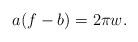
LaTeX: \begin{align*}a (f-b)=2\pi w.\end{align*}